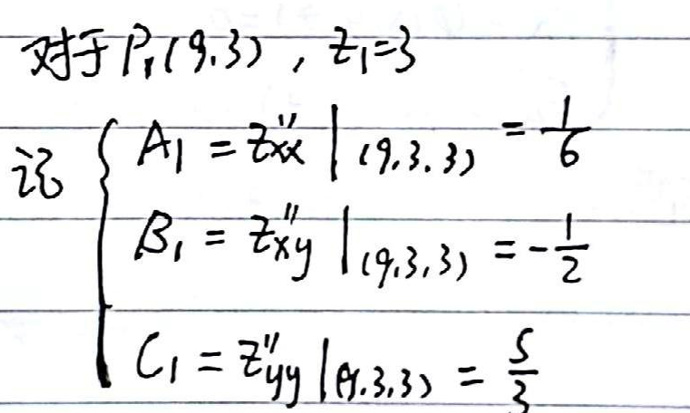
对于\(  P_1(9,3), z_1 = 3 \)\\
记 \left\{\begin{array}{l}
\(A_1 = z_{x x}^{\prime \prime}\left.\right|_{(9,3,3)}=\frac{1}{6} \)\\
\(B_1 = z_{x y}^{\prime \prime}\left.\right|_{(9,3,3)}=-\frac{1}{2} \)\\
\(C_1 = z_{y y}^{\prime \prime}\left.\right|_{(9,3,3)}=\frac{5}{3}\)\\
\end{array}\right.